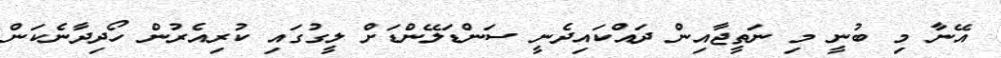
އޭނާ މި ބުނީ މި ނަތީޖާއިން ދައްކައިދެނީ ސަންޑަލޭންޑަށް ލީގުގައި ކުރިއެރުން ހޯދިދާނެކަން